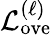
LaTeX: \mathcal{L}_{\mathrm{ove}}^{(\ell)}